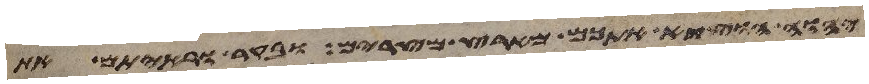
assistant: יהוה הוציא אתכם מארץ מצרים ובקר וראיתם את